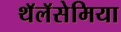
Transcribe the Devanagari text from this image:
थॅलॅसेमिया